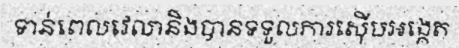
ទាន់ពេលវេលានិងបានទទួលការស៊ើបអង្កេត